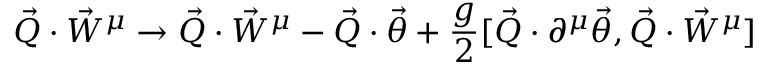
\vec { Q } \cdot \vec { W } ^ { \mu } \rightarrow \vec { Q } \cdot \vec { W } ^ { \mu } - \vec { Q } \cdot \vec { \theta } + \frac { g } { 2 } [ \vec { Q } \cdot \partial ^ { \mu } \vec { \theta } , \vec { Q } \cdot { \vec { W } } ^ { \mu } ]